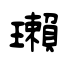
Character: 瓎